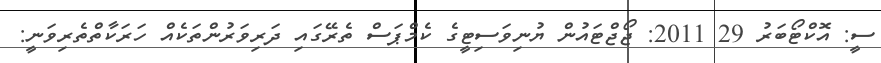
ސީ: އޮކްޓޯބަރު 29 2011: ޖޯޖްޓައުން ޔުނިވަސިޓީގެ ކެމްޕަސް ތެރޭގައި ދަރިވަރުންތަކެއް ހަރަކާތްތެރިވަނީ: